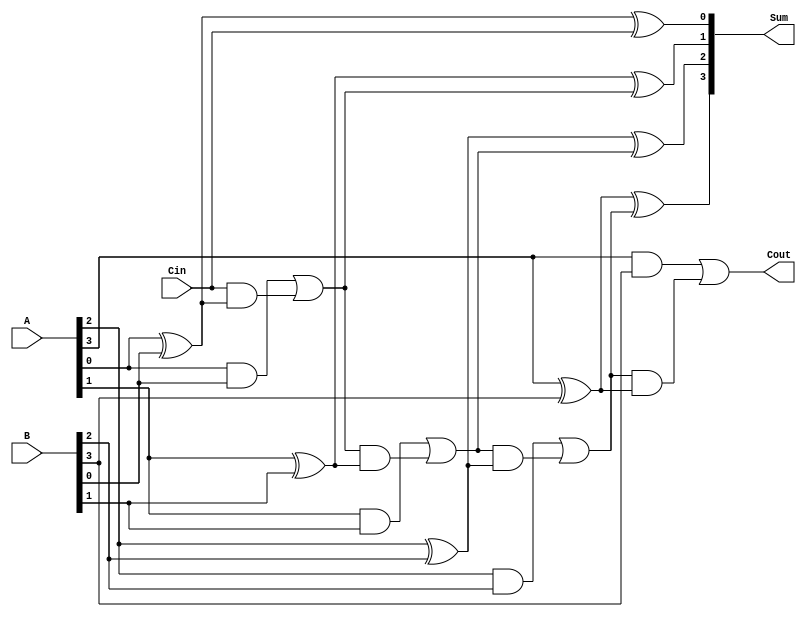
module ParallelFullAdder #(parameter n = 4) (
    input  [n-1:0] A,      // First operand
    input  [n-1:0] B,      // Second operand
    input          Cin,     // Carry input
    output [n-1:0] Sum,     // Sum output
    output         Cout      // Carry output
);

    wire [n:0] C; // Carry wires, C[0] is Cin, C[n] is Cout

    // Assign the carry input to the first carry wire
    assign C[0] = Cin;

    // Generate the sum and carry for each bit
    genvar i;
    generate
        for (i = 0; i < n; i = i + 1) begin : full_adder
            // Sum calculation
            assign Sum[i] = A[i] ^ B[i] ^ C[i];

            // Carry calculation
            assign C[i + 1] = (A[i] & B[i]) | (C[i] & (A[i] ^ B[i]));
        end
    endgenerate

    // Assign the final carry output
    assign Cout = C[n];

endmodule